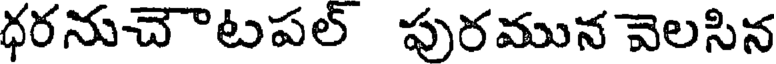
ధరనుచౌటపల్ పురమున వెలసిన